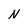
Character: N